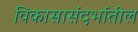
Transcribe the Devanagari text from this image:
विकासासंदर्भातील